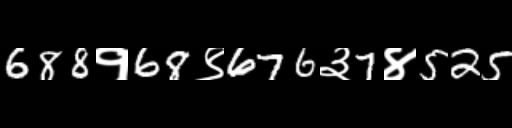
Text: 688१68९676३7४525